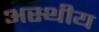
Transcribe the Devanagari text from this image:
अस्थीय